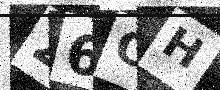
Text: 26CH